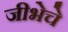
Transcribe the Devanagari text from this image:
जीभेचे